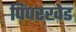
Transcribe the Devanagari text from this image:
पिंपरखेड